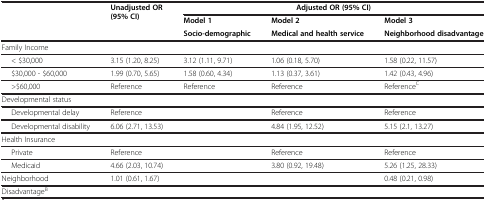
<table><thead><tr><td rowspan="3"><b> </b></td><td rowspan="3"><b>Unadjusted OR (95% CI)</b></td><td colspan="3"><b>Adjusted OR (95% CI)</b></td></tr><tr><td><b>Model 1</b></td><td><b>Model 2</b></td><td><b>Model 3</b></td></tr><tr><td><b>Socio-demographic</b></td><td><b>Medical and health service</b></td><td><b>Neighborhood disadvantage</b></td></tr></thead><tbody><tr><td>Family Income</td><td> </td><td> </td><td> </td><td> </td></tr><tr><td>&lt; $30,000</td><td>3.15 (1.20, 8.25)</td><td>3.12 (1.11, 9.71)</td><td>1.06 (0.18, 5.70)</td><td>1.58 (0.22, 11.57)</td></tr><tr><td>$30,000 - $60,000</td><td>1.99 (0.70, 5.65)</td><td>1.58 (0.60, 4.34)</td><td>1.13 (0.37, 3.61)</td><td>1.42 (0.43, 4.96)</td></tr><tr><td>&gt;$60,000</td><td>Reference</td><td>Reference</td><td>Reference</td><td>Reference<sup>C</sup></td></tr><tr><td>Developmental status</td><td> </td><td> </td><td> </td><td> </td></tr><tr><td>Developmental delay</td><td>Reference</td><td> </td><td>Reference</td><td>Reference</td></tr><tr><td>Developmental disability</td><td>6.06 (2.71, 13.53)</td><td> </td><td>4.84 (1.95, 12.52)</td><td>5.15 (2.1, 13.27)</td></tr><tr><td>Health Insurance</td><td> </td><td> </td><td> </td><td> </td></tr><tr><td>Private</td><td>Reference</td><td> </td><td>Reference</td><td>Reference</td></tr><tr><td>Medicaid</td><td>4.66 (2.03, 10.74)</td><td> </td><td>3.80 (0.92, 19.48)</td><td>5.26 (1.25, 28.33)</td></tr><tr><td>Neighborhood</td><td>1.01 (0.61, 1.67)</td><td> </td><td> </td><td>0.48 (0.21, 0.98)</td></tr><tr><td>Disadvantage<sup>B</sup></td><td> </td><td> </td><td> </td><td> </td></tr></tbody></table>